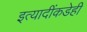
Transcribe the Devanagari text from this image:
इत्यादींकडेही